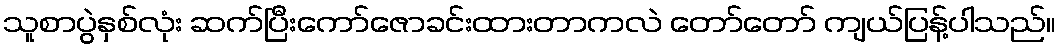
သူစာပွဲနှစ်လုံး ဆက်ပြီးကော်ဇောခင်းထားတာကလဲ တော်တော် ကျယ်ပြန့်ပါသည်။